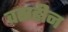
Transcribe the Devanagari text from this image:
वस्रहीन